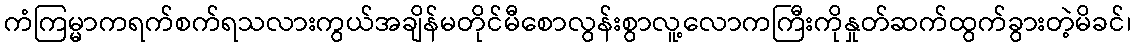
ကံကြမ္မာကရက်စက်ရသလားကွယ်အချိန်မတိုင်မီစောလွန်းစွာလူ့လောကကြီးကိုနှုတ်ဆက်ထွက်ခွားတဲ့မိခင်၊